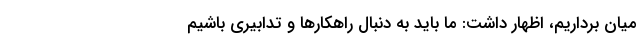
میان برداریم، اظهار داشت: ما باید به دنبال راهکارها و تدابیری باشیم